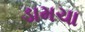
ડામચા